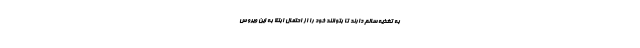
به تغذیه سالم دارند تا بتوانند خود را از احتمال ابتلا به این ویروس